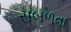
સબળતા